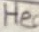
Text: Hea